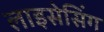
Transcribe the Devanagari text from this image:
लाइसेसिंग